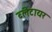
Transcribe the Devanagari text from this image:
ब्लेंटायर